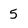
Character: 5